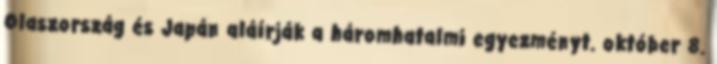
Olaszország és Japán aláírják a háromhatalmi egyezményt. október 8.